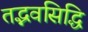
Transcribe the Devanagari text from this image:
तद्भवसिद्धि